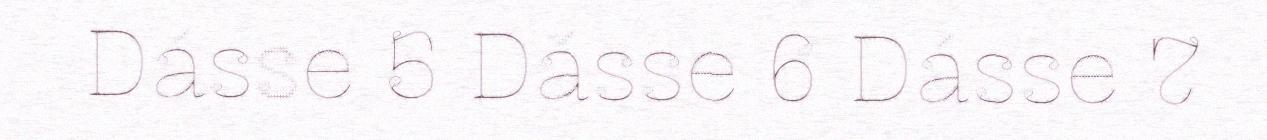
Dásse 5 Dásse 6 Dásse 7